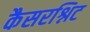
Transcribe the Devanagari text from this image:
कैसरश्निट